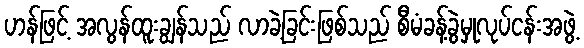
ဟန်ဖြင့် အလွန်ထူးချွန်သည် လာခဲ့ခြင်းဖြစ်သည် စီမံခန့်ခွဲမှုလုပ်ငန်းအဖွဲ့